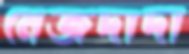
মেজদাদা